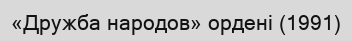
«Дружба народов» ордені (1991)